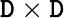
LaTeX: \mathtt{D}\times\mathtt{D}